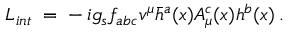
{ \cal L } _ { i n t } \; = \; - \, i g _ { s } f _ { a b c } v ^ { \mu } \bar { h } ^ { a } ( x ) A _ { \mu } ^ { c } ( x ) h ^ { b } ( x ) \, .